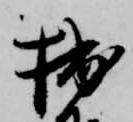
拙